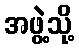
အဖွဲ့သို့